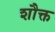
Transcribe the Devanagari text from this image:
शौक्त